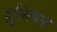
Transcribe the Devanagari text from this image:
य़ुनियन